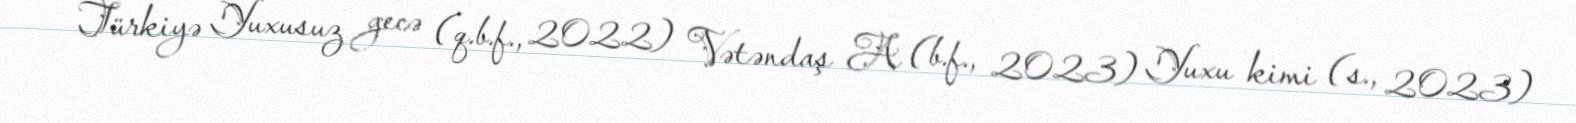
Türkiyə Yuxusuz gecə (q.b.f., 2022) Vətəndaş A (b.f., 2023) Yuxu kimi (s., 2023)